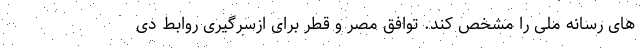
های رسانه ملی را مشخص کند. توافق مصر و قطر برای ازسرگیری روابط دی